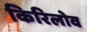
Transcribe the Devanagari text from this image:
किरिलोव